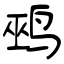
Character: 鹀